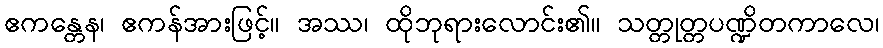
ဧကန္တေန၊ ဧကန်အားဖြင့်။ အဿ၊ ထိုဘုရားလောင်း၏။ သတ္တုတ္တပဏ္ဍိတကာလေ၊